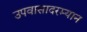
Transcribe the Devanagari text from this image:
उपवासादरम्यान